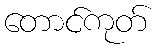
တောင်ကုတ်